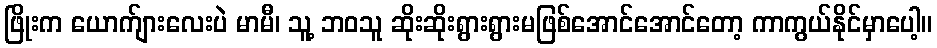
ဖြိုးက ယောက်ျားလေးပဲ မာမီ၊ သူ့ ဘဝသူ ဆိုးဆိုးရွားရွားမဖြစ်အောင်အောင်တော့ ကာကွယ်နိုင်မှာပေါ့။